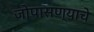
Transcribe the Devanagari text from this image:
जोपासण्याचे